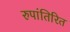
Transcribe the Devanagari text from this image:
रुपांतिरित